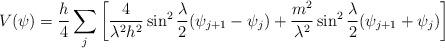
LaTeX: \begin{align*}V(\psi) = \frac{h}{4}\sum_{j}\left[ \frac{4}{\lambda^{2}h^{2}}\sin^{2}\frac{\lambda}{2}(\psi_{j+1}-\psi_{j}) +\frac{m^{2}}{\lambda^{2}}\sin^{2}\frac{\lambda}{2}(\psi_{j+1}+\psi_{j}) \right]\end{align*}